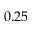
0 . 2 5